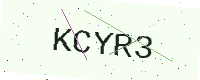
Text: KCYR3